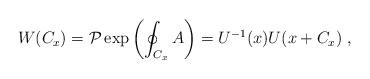
LaTeX: \begin{align*}W(C_{x})={\mathcal{P}}\exp\left(\oint_{C_{x}}A\right)=U^{-1}(x)U(x+C_{x})~,\end{align*}